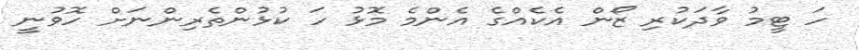
ހަ ޓީމު ވާދަކުރި ޒޯން އެކެއްގެ އެންމެ މޮޅު ހަ ކުޅުންތެރިންނަށް ހޮވުނީ